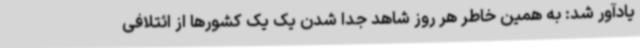
یادآور شد: به همین خاطر هر روز شاهد جدا شدن یک یک کشورها از ائتلافی